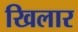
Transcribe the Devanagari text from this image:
खिलार